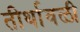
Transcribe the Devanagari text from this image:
तीर्थावळी